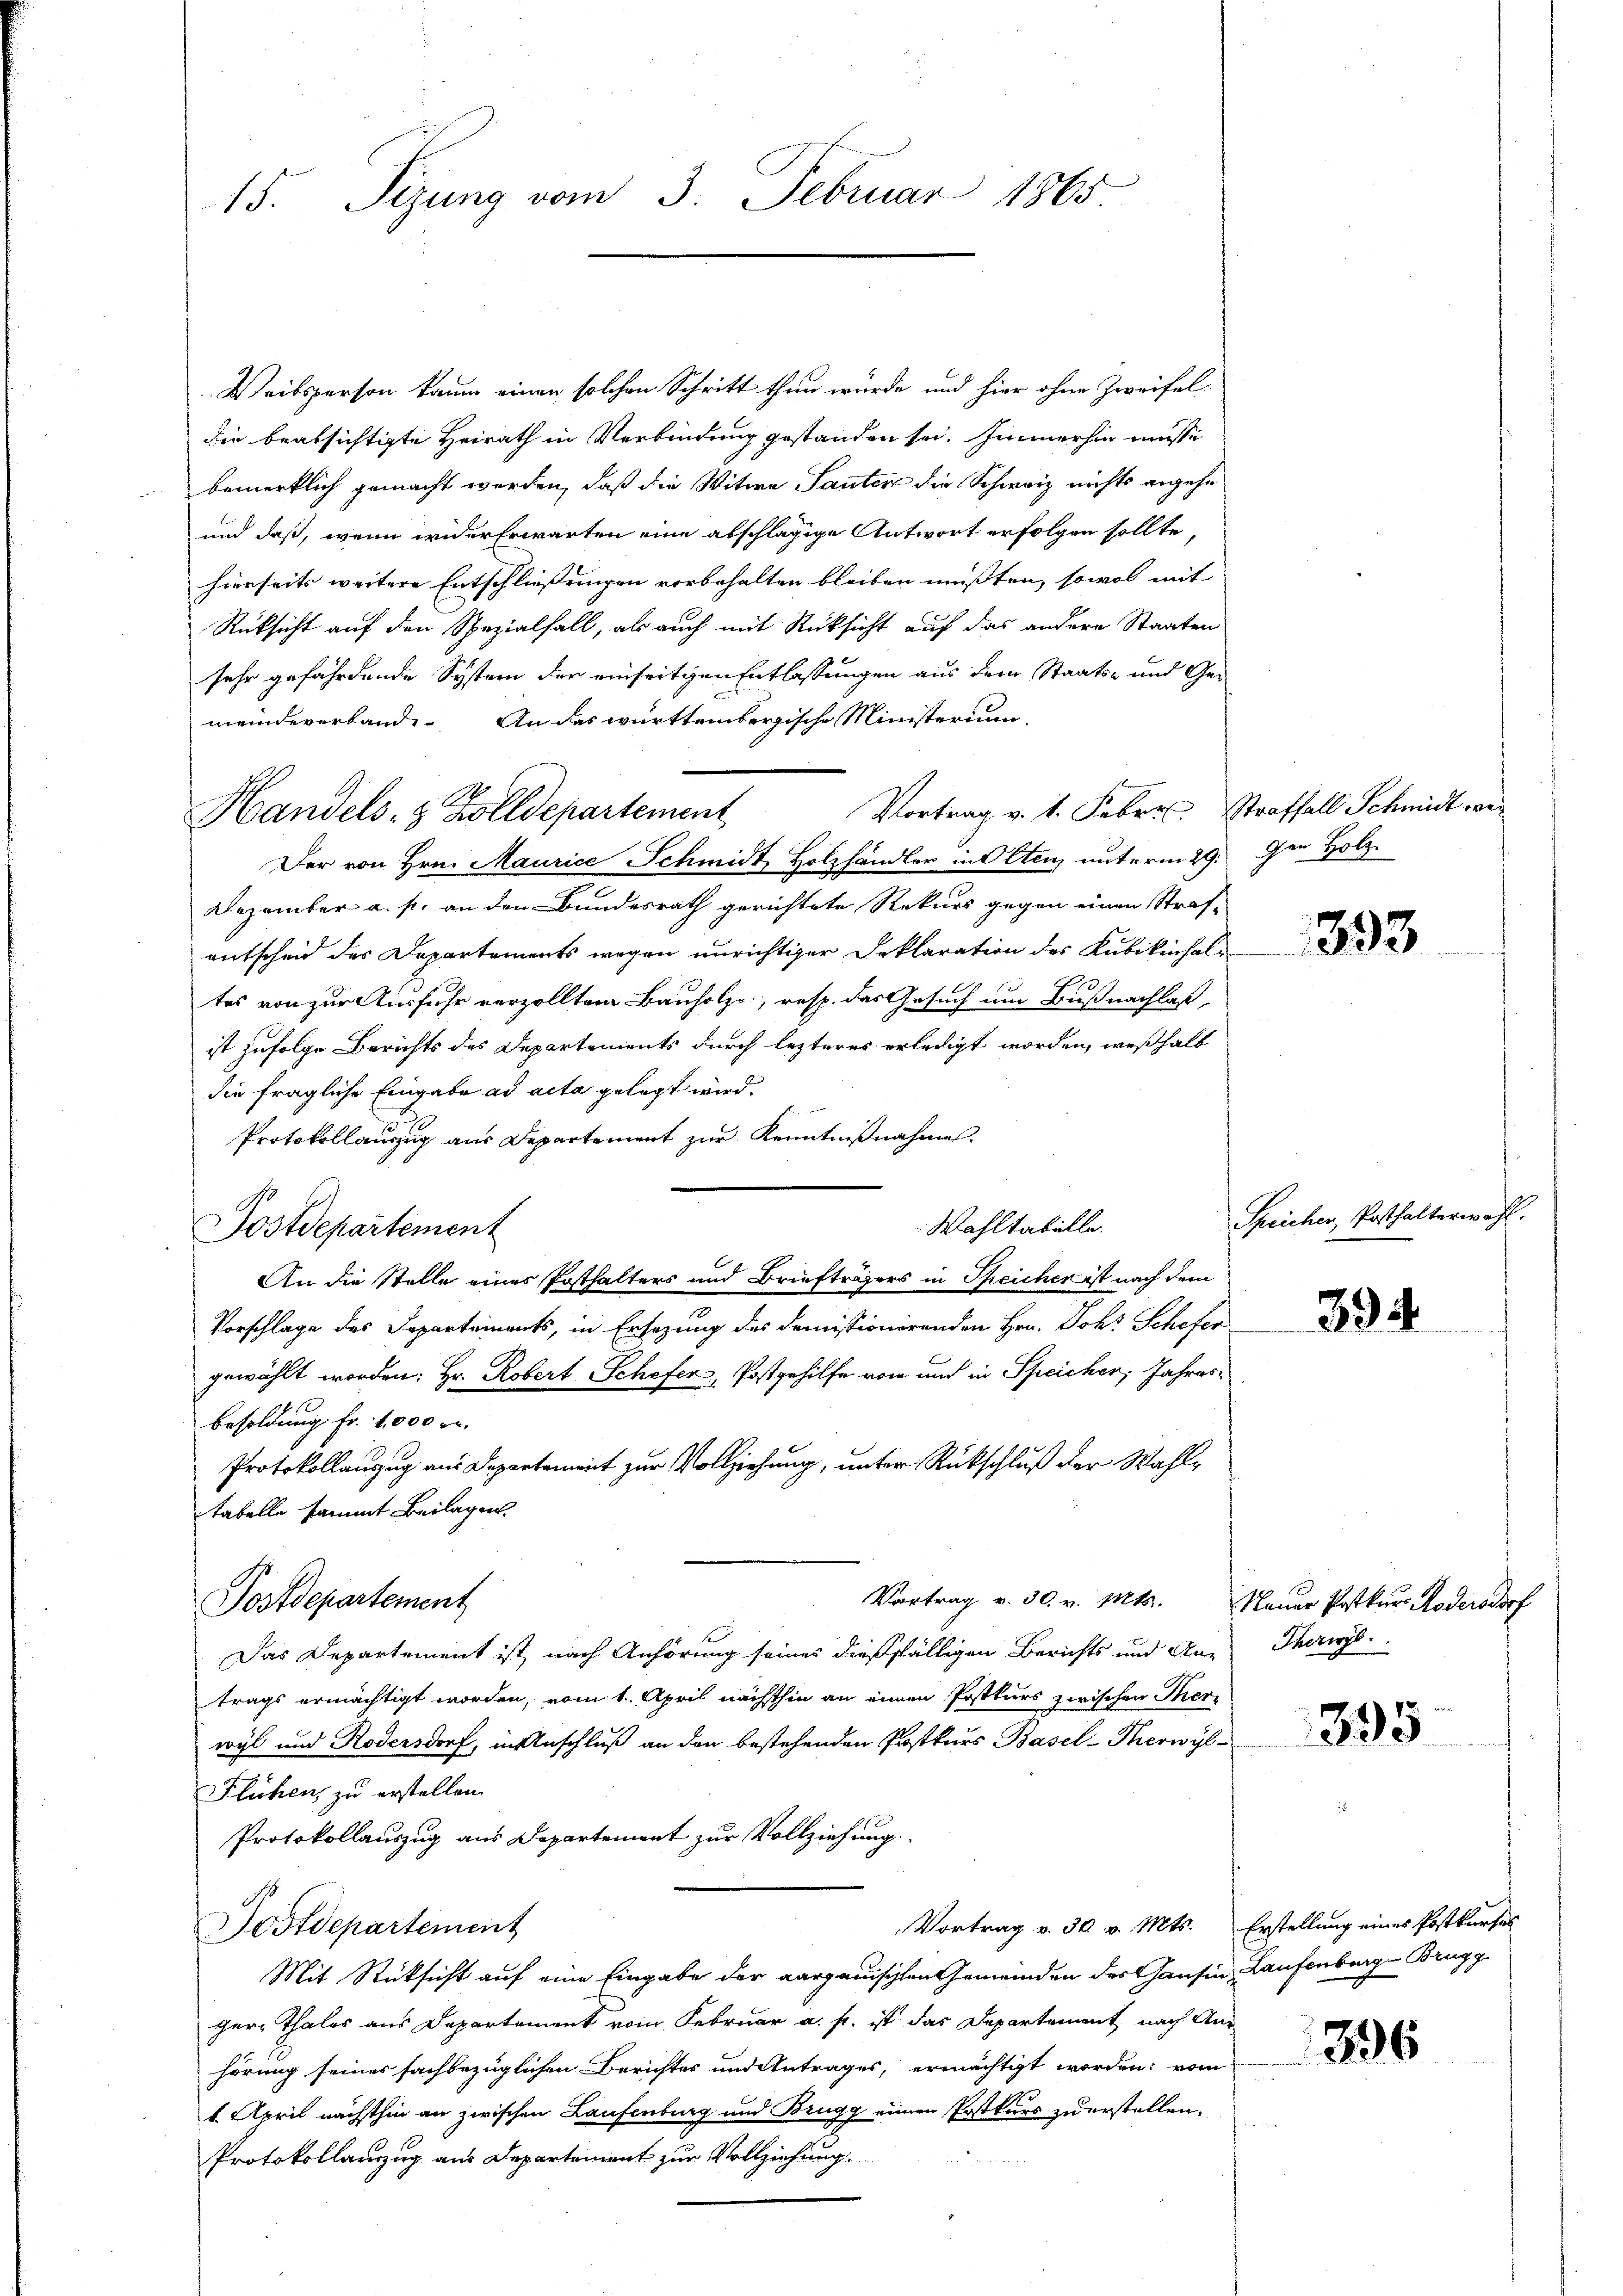
15. Sizung vom 3. Februar 1865

Handels- & Zolldepartement

Weibsperson kaum einen solchen Schritt thun würde und hier ohne Zweifel-
die beabsichtigte Heirath in Verbindung gestanden sei. Immerhin müsse
bemerklich gemacht werden, daß die Witwe Sauter die Schweiz nichts angehe
und daß, wenn wider Erwarten eine abschlägige Antwort erfolgen sollte,
hierseits weitere Entschliessungen vorbehalten bleiben müssten, sowol mit
Rüksicht auf den Spezialfall, als auch mit Rücksicht auf das andere Staaten
sehr gefährdende System der einseitigen Entlassungen aus dem Staats- und Gemeindererbande. An das württembergische Ministerium,
Vortrag v. 1. Febr. Straffall Schmidt wer
Der von Hrn. Maurice Schmidt Holzhändler in Olten, unterm 29.
Dezember a. p. an den Bundesrath gerichtete Rekurs gegen einen Straf-
entscheid des Departements wegen unrichtiger Deklaration des Kubikinhal¬
1
tes von zur Ausfuhr verzollten Bauholze, resp. das Gesuch um Bußnachlaß
ist zufolge Berichts des Departements durch lezteres erledigt worden, weßhalb
die fragliche Eingabe ad acta gelegt wird.
Protokollauszug aus Departement zur Kenntnißnahmen.
Wahltabelle.
Postdepartement
Vorschlage des Departements, in Ersezung des demissionirenden Hrn. Joh. Schofer
gewählt worden. Hr. Robert Schefer, Postgehilfe von und in Speicher, Jahres¬
Besoldung fr. 1000 r.
Protokollanzug aus Departement zur Vollziehung, unter Rückschluß der Wahltabelle sammt Beilagen.
Vortrag v. 30. v. Mts. Nauer Postkŭrs Rodersdorf
Postdepartement
Das Departement ist, nach Anhörung seines dießfälligen Berichts und An-
trags ermächtigt worden, vom 1. April nächsthin an einen Postkurs zwischen Ther
wyl und Rodensdorf, in Anschluß an den bestehenden Postkurs Basel-Therwyl
Flühen, zu erstellen.
Protokollauszug aus Departement zur Vollziehung
Vortrag v. 30 v. Mts. Erstellung eines Postkurses
Postdepartement
Mit Rücksicht auf eine Eingabe der aargauischten Gemeinden des Hausin, Laufenberg, Brugg
gere Thales aus Departement vom Februar a. f. ist das Departement nach Aus
hörung seines sachbezüglichen Berichtes und Antrages, ermächtigt worden: vom
1. April nächsthin an zwischen Laufenburg und Brugg einen Postkurs zu erstellen.
Protokollanzzug aus Departement zur Vollziehung.

An die Stelle eines Posthalters und Briefträgers in Speicher ist nach dem

gen Holz

393

Speichen, Posthalterwahl.

394

Theris

395

396